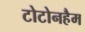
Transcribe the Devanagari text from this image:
टोटोनहैम